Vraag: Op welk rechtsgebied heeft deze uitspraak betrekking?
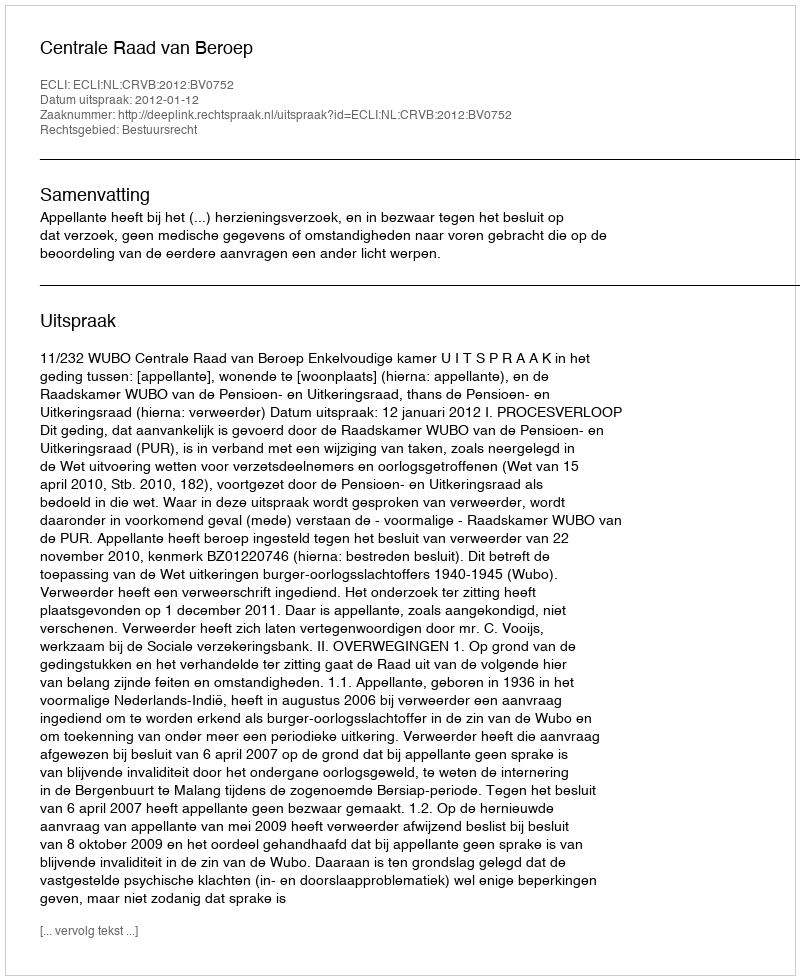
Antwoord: Bestuursrecht